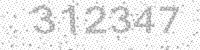
Solution: 312347